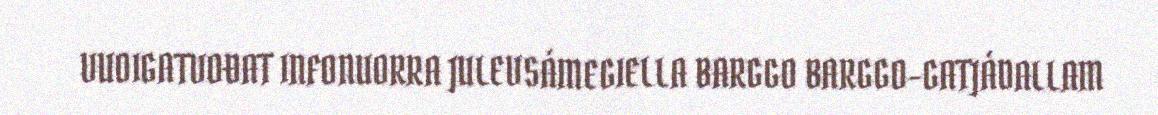
VUOIGATVOĐAT INFONUORRA JULEVSÁMEGIELLA BARGGO BARGGO-GATJÁDALLAM